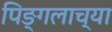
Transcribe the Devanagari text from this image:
पिङ्गलाच्या